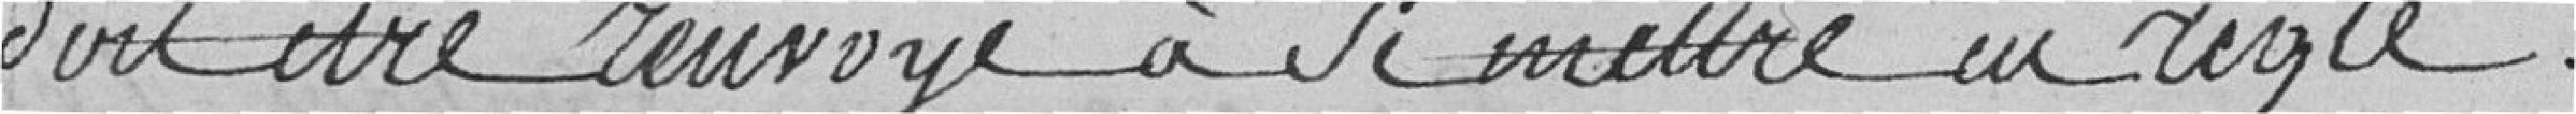
doit être renvoyé à se mettre en règle.